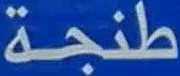
طنجة